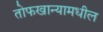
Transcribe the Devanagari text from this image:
तोफखान्यामधील